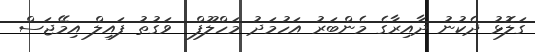
ގަލޮޅު ދެކުނު ދާއިރާގެ މެންބަރު އަހުމަދު މަހްލޫފް  ވަގުތު ފައިލް އިމޭޖަސް